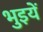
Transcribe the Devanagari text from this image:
भुइयें